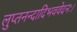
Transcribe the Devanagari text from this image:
लुप्तनन्दादिभववेदनः।